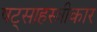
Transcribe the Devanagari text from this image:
षट्साहस्त्रीकार